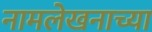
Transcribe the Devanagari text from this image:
नामलेखनाच्या